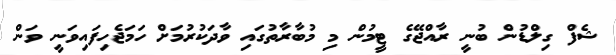
ޝެފް ގިލްޑުން ބުނީ ރާއްޖޭގެ ޓީމުން މި މުބާރާތުގައި ވާދަކުރުމަށް ހަމަޖެހިފައިވަނީ ވަން